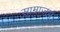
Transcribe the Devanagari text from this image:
साम्राजय्